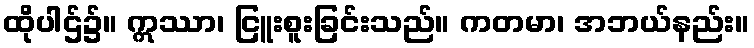
ထိုပါဌ်၌။ ဣဿာ၊ ငြူးစူးခြင်းသည်။ ကတမာ၊ အဘယ်နည်း။